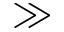
\gg